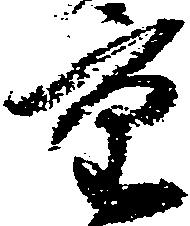
重